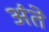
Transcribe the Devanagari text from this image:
अंते